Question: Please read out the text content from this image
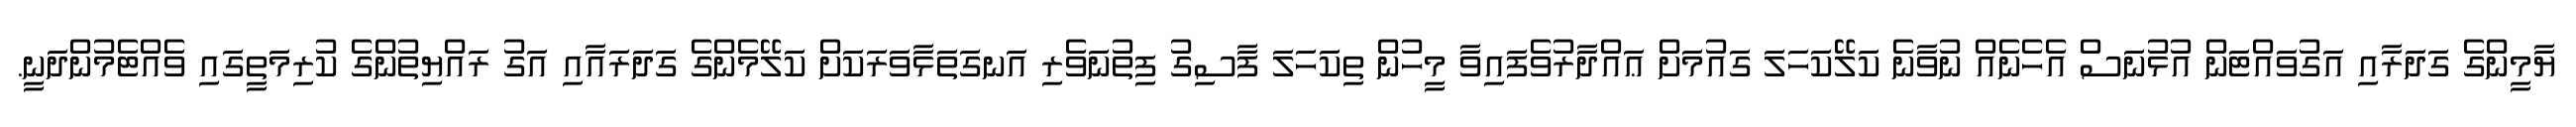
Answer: ޔާމީންގެ ގަދަރާއި އަގުވައްޓަން އުޅުނަސް އެހެނެއް ނުވާނެ ކަލޭކަހަލަ ގައުމަށް ޢައްދާރުވެފައިވާ މީހުން ތިކަހަލަ ފާސިގު ފިތުނަވެރި އަނގަތަޅާވަރަކަށް ކަލޭމެންގެ ގަދަރައާއި އަގު ރައްޔިތުންގެ ކުރިމަތީގައި ވެއްޓެމުންދަނީ.